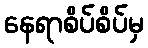
နေရာစိပ်စိပ်မှ